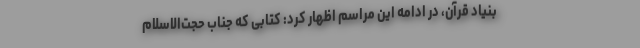
بنیاد قرآن، در ادامه این مراسم اظهار کرد: کتابی که جناب حجت‌الاسلام